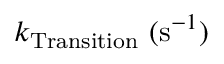
k _ { \mathrm { T r a n s i t i o n } } ~ ( \mathrm { s } ^ { - 1 } )